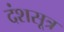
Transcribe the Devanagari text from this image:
दंशसूत्र